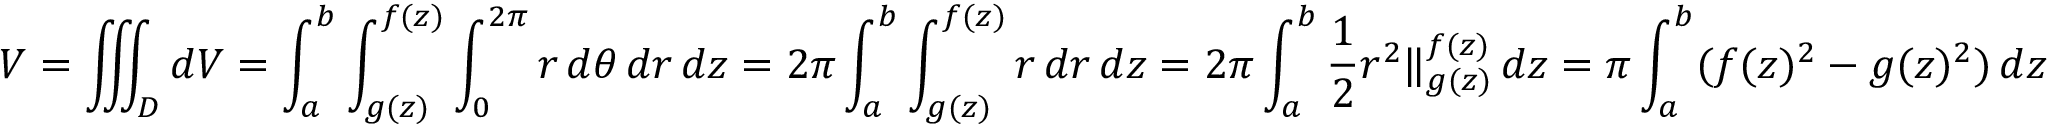
V = \iiint _ { D } d V = \int _ { a } ^ { b } \int _ { g ( z ) } ^ { f ( z ) } \int _ { 0 } ^ { 2 \pi } r \, d \theta \, d r \, d z = 2 \pi \int _ { a } ^ { b } \int _ { g ( z ) } ^ { f ( z ) } r \, d r \, d z = 2 \pi \int _ { a } ^ { b } { \frac { 1 } { 2 } } r ^ { 2 } \Vert _ { g ( z ) } ^ { f ( z ) } \, d z = \pi \int _ { a } ^ { b } ( f ( z ) ^ { 2 } - g ( z ) ^ { 2 } ) \, d z